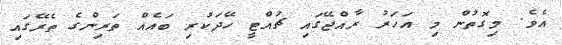
އެވެ. މިގޮތުން މި އަހަރު ރާއްޖޭގައި ޗުއްޓީ ހޭދަކުރި ބައެއް ތަރިންގެ ތެރޭގައި